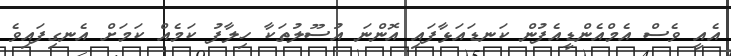
އެއީ ވެސް އެމްއެންޑީއެފުން ކަނޑައަޅާފައި އޮންނަ އުސޫލުތަކާ ހިލާފު ކަމެއް ކަމަށް އެނގިފައިވެ